Lunatic asylums in Bengal annual reports 1899-1911 - 1899-1911
Year: 1899
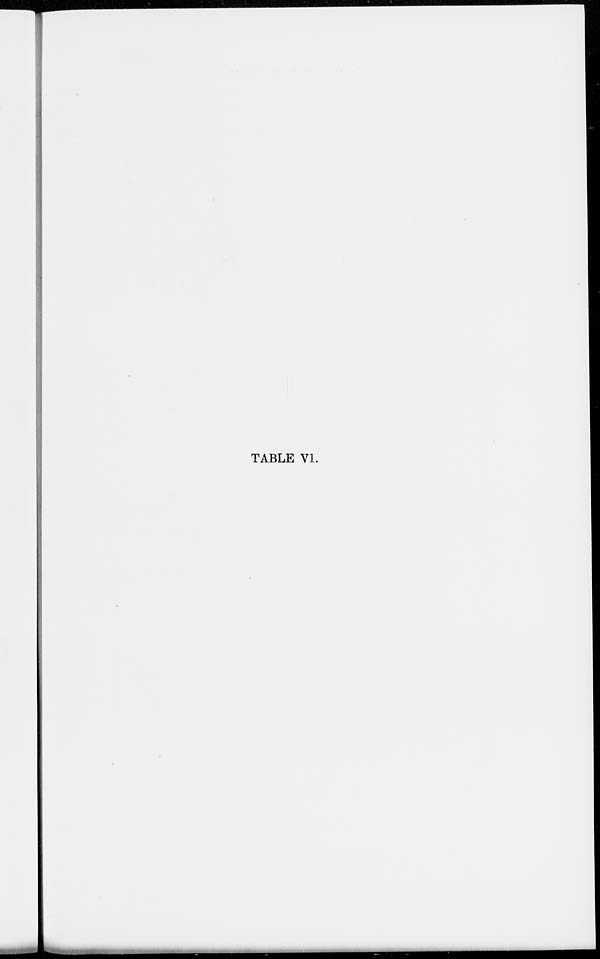
TABLE VI.